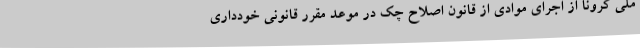
ملی کرونا از اجرای موادی از قانون اصلاح چک در موعد مقرر قانونی خودداری